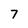
Character: 7